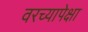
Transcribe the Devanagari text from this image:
वरच्यापेक्षा